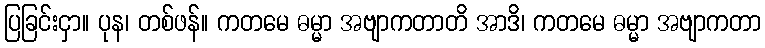
ပြခြင်းငှာ။ ပုန၊ တစ်ဖန်။ ကတမေ ဓမ္မာ အဗျာကတာတိ အာဒိ၊ ကတမေ ဓမ္မာ အဗျာကတာ